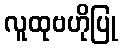
လူထုဗဟိုပြု